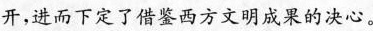
开，进而下定了借鉴西方文明成果的决心。